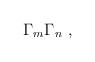
LaTeX: \begin{align*} \Gamma_m \Gamma_n~,\end{align*}